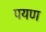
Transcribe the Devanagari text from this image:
पयण